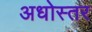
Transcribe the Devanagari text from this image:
अधोस्तर